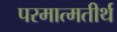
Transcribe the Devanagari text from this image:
परमात्मतीर्थ